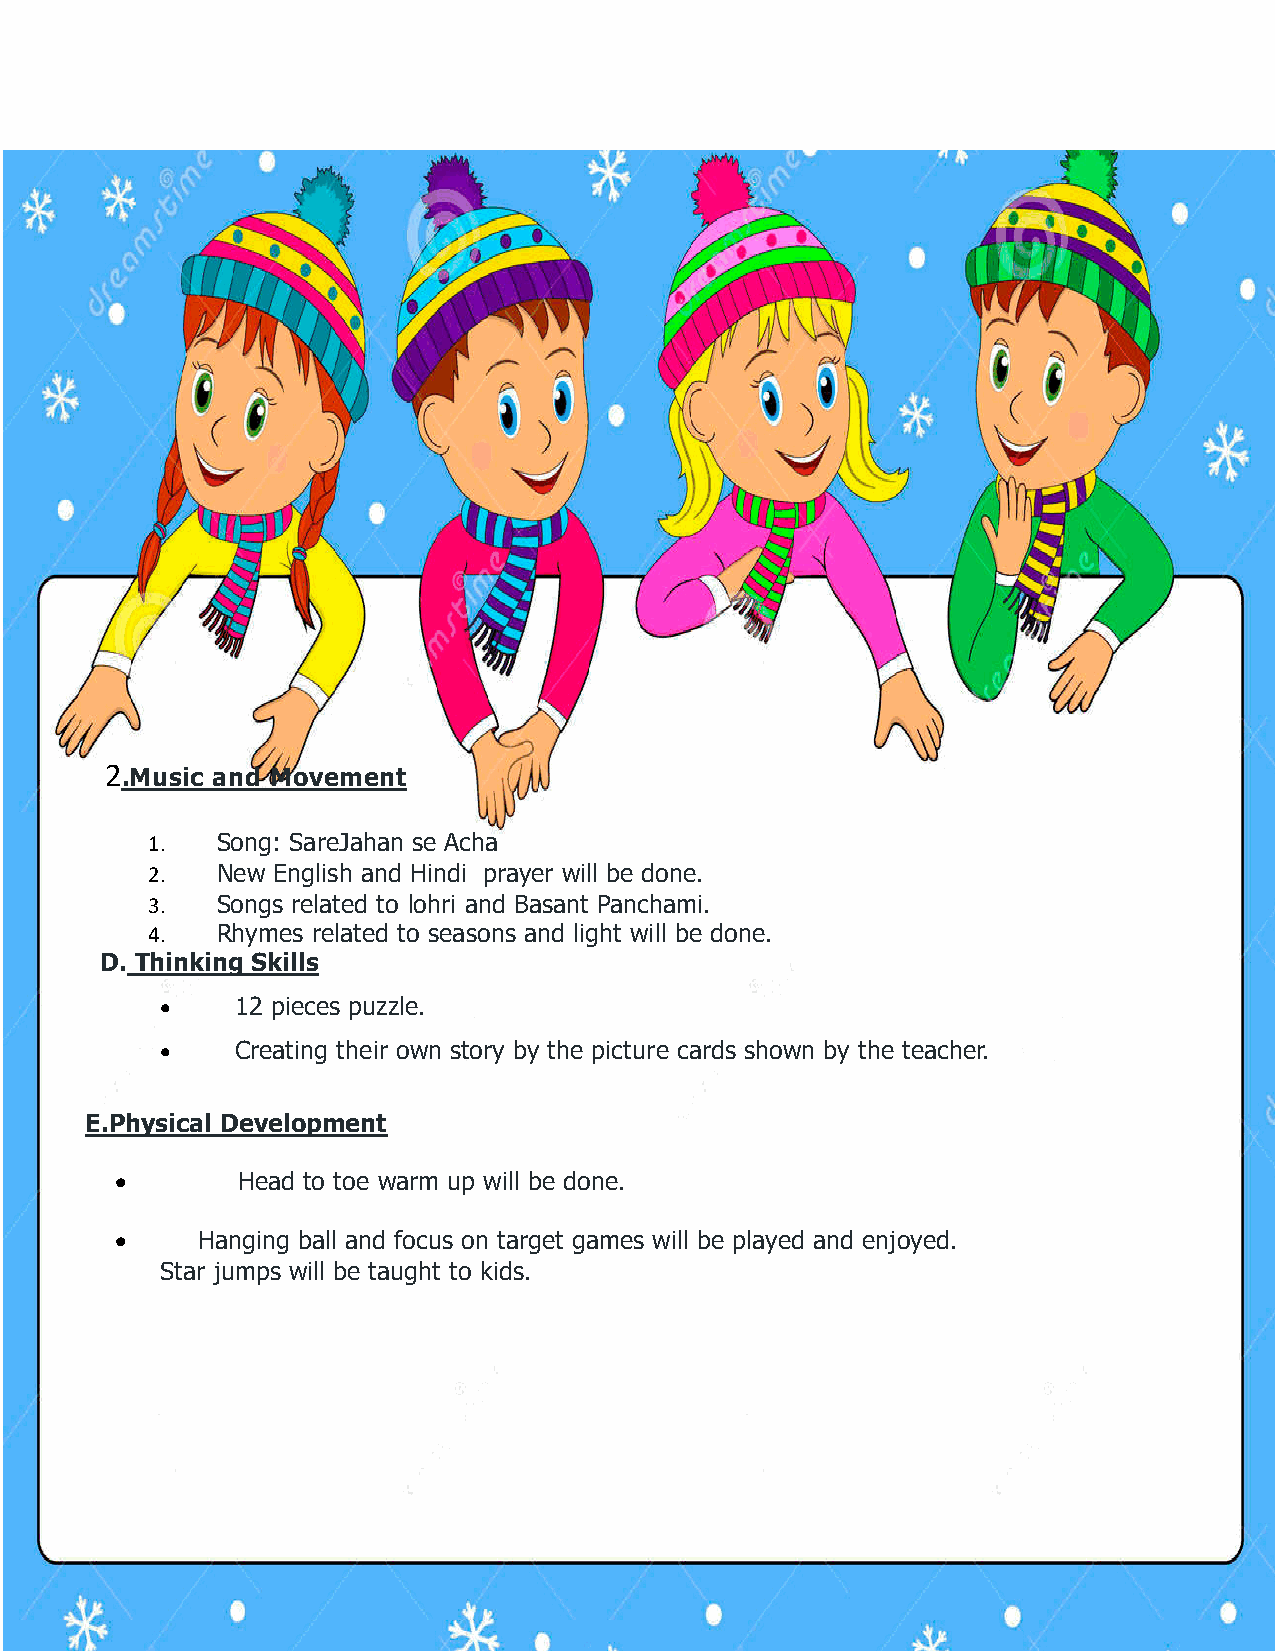
2.Music and Movement
 1.  Song: SareJahan se Acha
 2.  New English and Hindi prayer will be done.
 3.  Songs related to lohri and Basant Panchami.
 4.  Rhymes related to seasons and light will be done.
 D. Thinking Skills
 •    12 pieces puzzle.
 •    Creating their own story by the picture cards shown by the teacher.
 E.Physical Development
 •       Head to toe warm up will be done.
 •    Hanging ball and focus on target games will be played and enjoyed.
 Star jumps will be taught to kids.